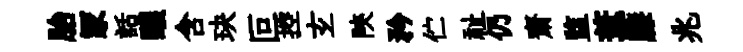
胎冡話醲含玦叵控𤣥陝矜伫祉仍齋监葦膝兆